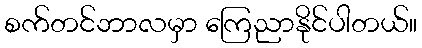
စက်တင်ဘာလမှာ ကြေညာနိုင်ပါတယ်။